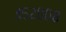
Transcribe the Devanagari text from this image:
४५२००८